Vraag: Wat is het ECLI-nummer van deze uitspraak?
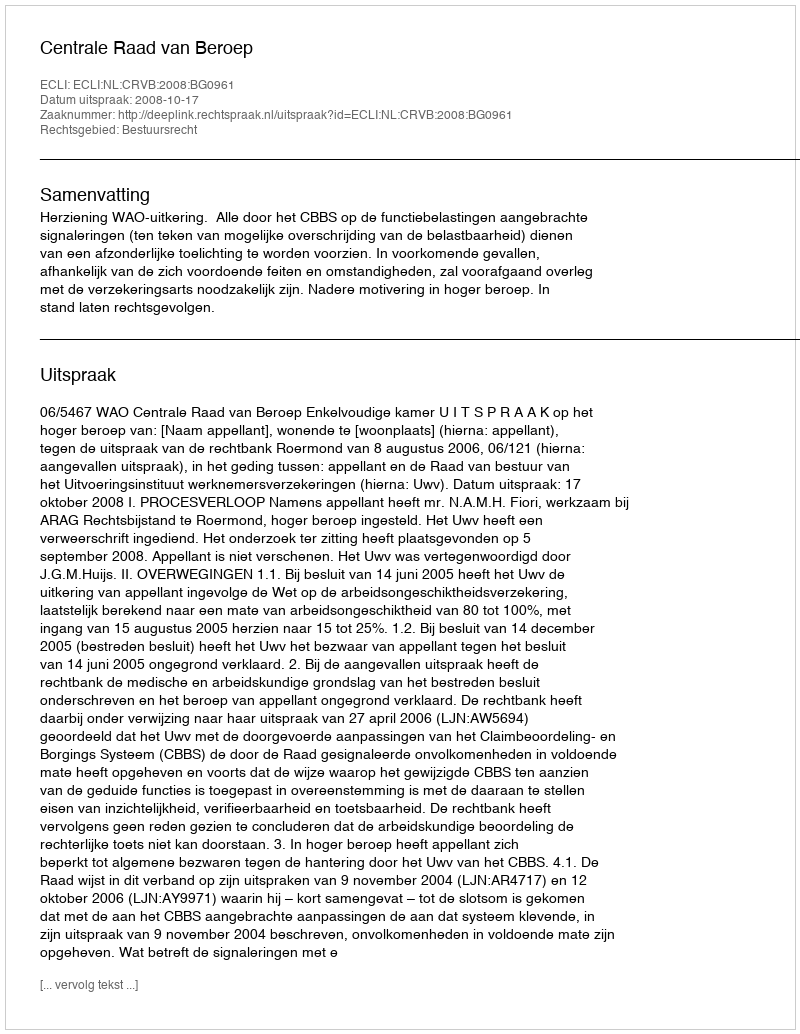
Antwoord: ECLI:NL:CRVB:2008:BG0961